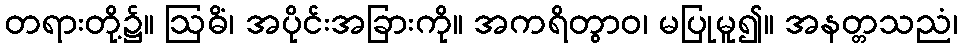
တရားတို့၌။ ဩဓိံ၊ အပိုင်းအခြားကို။ အကရိတွာဝ၊ မပြုမူ၍။ အနတ္တသညံ၊